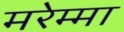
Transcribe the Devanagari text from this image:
मरेम्मा